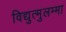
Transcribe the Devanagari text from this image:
विद्युत्मुलम्मा